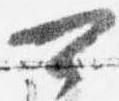
可